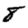
Digit: 8